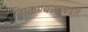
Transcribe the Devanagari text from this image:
टाकण्याचाबदल